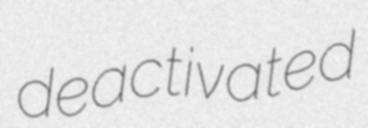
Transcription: deactivated